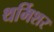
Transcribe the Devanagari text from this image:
थर्मिशर